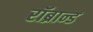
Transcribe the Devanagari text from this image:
रॉब्रान्ड